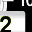
Digit: 2